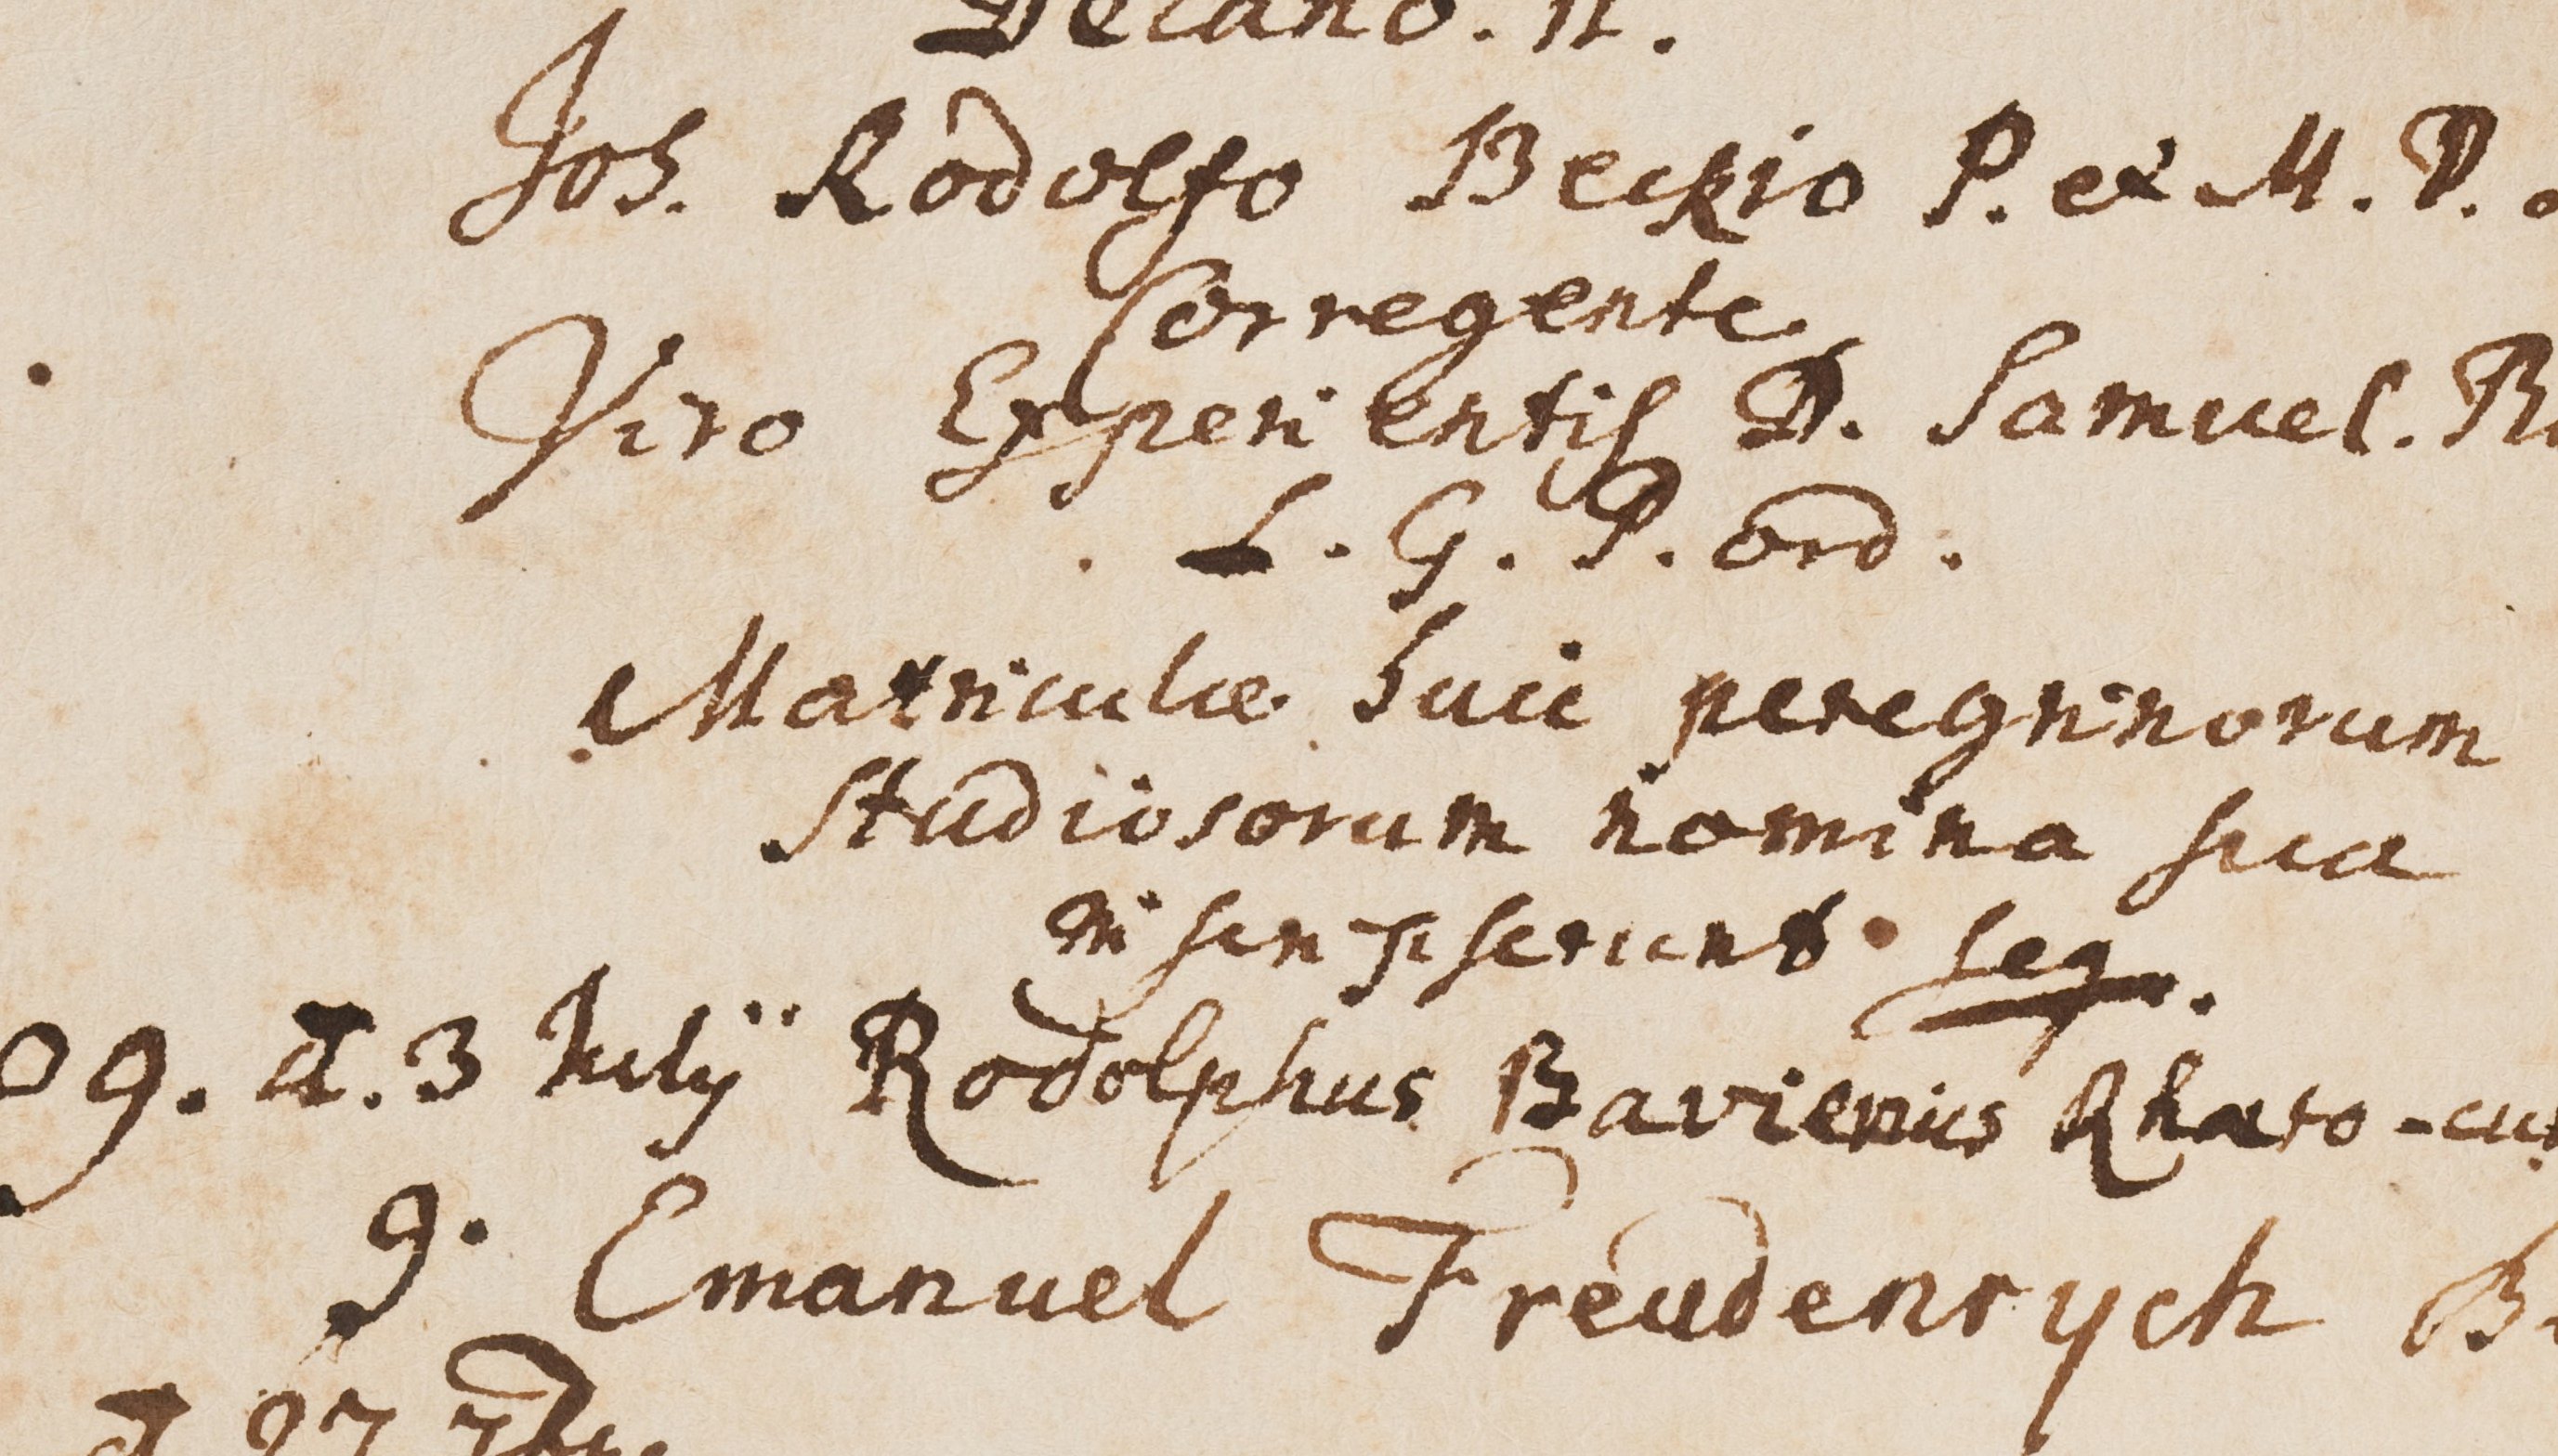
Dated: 1599–1837